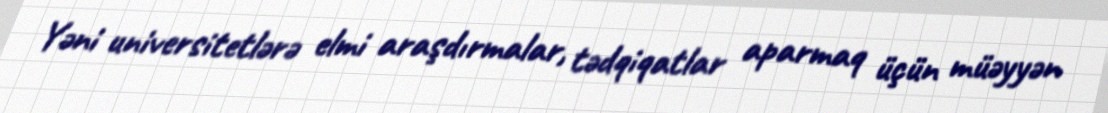
Yəni universitetlərə elmi araşdırmalar, tədqiqatlar aparmaq üçün müəyyən